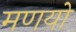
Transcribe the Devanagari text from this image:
मणयो